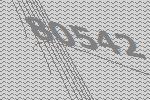
80542